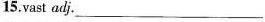
15.vast adj. ___